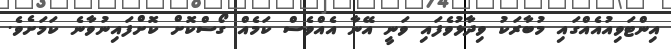
އިންޓަވިއުއެއްގައި މުބާރަކު ވިދާޅުވެފައި ވަނީ އޭނާ އެއްވެސް ކަމެއް ގޯސްކޮށް ކޮށްފައިނުވާނެ ކަމަށެވެ.